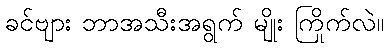
ခင်ဗျား ဘာအသီးအရွက် မျိုး ကြိုက်လဲ။